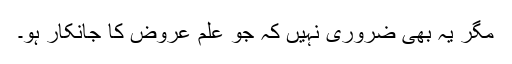
مگر یہ بھی ضروری نہیں کہ جو علم عروض کا جانکار ہو۔